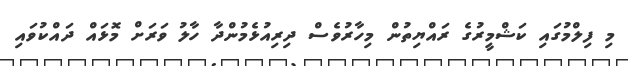
މި ފިލްމުގައި ކަޝްމީރުގެ ރައްޔިތުން މިހާރުވެސް ދިރިއުޅެމުންދާ ހާލު ވަރަށް މޮޅައް ދައްކުވައި